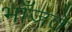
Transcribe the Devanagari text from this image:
भाँजते